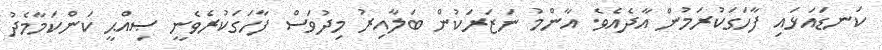
ކަނޑައަޅައި ފާހަގަކުރަމުން އާދެއެވެ. އާންމު ނަޒަރަކުން ބަލާއިރު މިދުވަސް ފާހަގަކުރެވެނީ ޞިއްޙީ ކަންކަމާމެދު